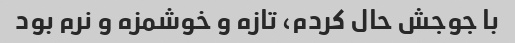
با جوجش حال کردم، تازه و خوشمزه و نرم بود